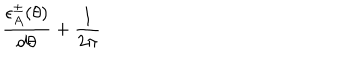
\frac { \epsilon _ { A } ^ { \pm } ( \theta ) } { d \theta } + \frac { 1 } { 2 \pi }